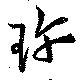
珎